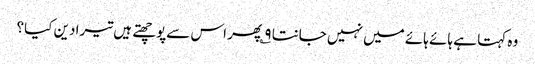
وہ کہتا ہے ہائے ہائے میں نہیں جانتا ۹؎ پھر اس سےپوچھتے ہیں تیرا دین کیا؟